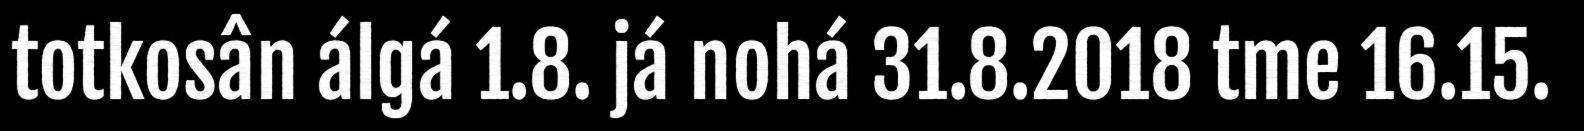
totkosân álgá 1.8. já nohá 31.8.2018 tme 16.15.